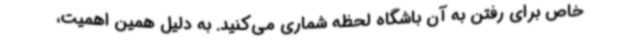
خاص برای رفتن به آن باشگاه لحظه شماری می‌کنید. به دلیل همین اهمیت،